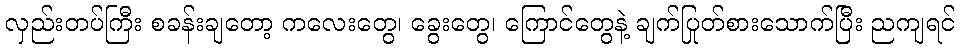
လှည်းတပ်ကြီး စခန်းချတော့ ကလေးတွေ၊ ခွေးတွေ၊ ကြောင်တွေနဲ့ ချက်ပြုတ်စားသောက်ပြီး ညကျရင်